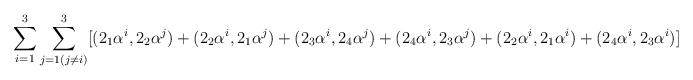
\begin{align*}\sum_{i=1}^{3} \sum_{j=1(j\neq i)}^{3} [(2_{1}\alpha^{i},2_{2}\alpha^{j})+(2_{2}\alpha^{i}, 2_{1}\alpha^{j})+(2_{3}\alpha^{i},2_{4}\alpha^{j})+(2_{4}\alpha^{i},2_{3}\alpha^{j})+(2_{2}\alpha^{i},2_{1}\alpha^{i})+(2_{4}\alpha^{i},2_{3}\alpha^{i})]\end{align*}